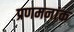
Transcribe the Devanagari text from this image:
प्रणमनांक